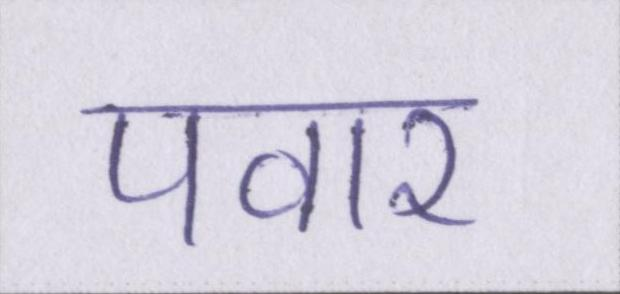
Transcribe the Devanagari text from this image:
पवार